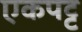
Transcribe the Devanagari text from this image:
एकपट्ट